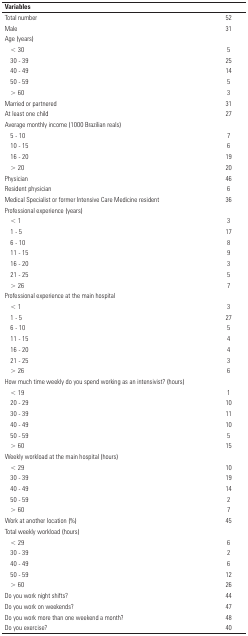
| Variables |  |
 | --- | --- |
 | Total number | 52 |
 | Male | 31 |
 | Age (years) |  |
 | < 30 | 5 |
 | 30 - 39 | 25 |
 | 40 - 49 | 14 |
 | 50 - 59 | 5 |
 | > 60 | 3 |
 | Married or partnered | 31 |
 | At least one child | 27 |
 | Average monthly income (1000 Brazilian reals) |  |
 | 5 - 10 | 7 |
 | 10 - 15 | 6 |
 | 16 - 20 | 19 |
 | > 20 | 20 |
 | Physician | 46 |
 | Resident physician | 6 |
 | Medical Specialist or former Intensive Care Medicineresident | 36 |
 | Professional experience (years) |  |
 | < 1 | 3 |
 | 1 - 5 | 17 |
 | 6 - 10 | 8 |
 | 11 - 15 | 9 |
 | 16 - 20 | 3 |
 | 21 - 25 | 5 |
 | > 26 | 7 |
 | Professional experience at the main hospital |  |
 | < 1 | 3 |
 | 1 - 5 | 27 |
 | 6 - 10 | 5 |
 | 11 - 15 | 4 |
 | 16 - 20 | 4 |
 | 21 - 25 | 3 |
 | > 26 | 6 |
 | How much time weekly do you spend working as anintensivist? (hours) |  |
 | < 19 | 1 |
 | 20 - 29 | 10 |
 | 30 - 39 | 11 |
 | 40 - 49 | 10 |
 | 50 - 59 | 5 |
 | > 60 | 15 |
 | Weekly workload at the main hospital (hours) |  |
 | < 29 | 10 |
 | 30 - 39 | 19 |
 | 40 - 49 | 14 |
 | 50 - 59 | 2 |
 | > 60 | 7 |
 | Work at another location (%) | 45 |
 | Total weekly workload (hours) |  |
 | < 29 | 6 |
 | 30 - 39 | 2 |
 | 40 - 49 | 6 |
 | 50 - 59 | 12 |
 | > 60 | 26 |
 | Do you work night shifts? | 44 |
 | Do you work on weekends? | 47 |
 | Do you work more than one weekend a month? | 48 |
 | Do you exercise? | 40 |